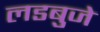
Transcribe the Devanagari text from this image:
लडबुजे